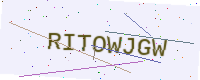
Text: RITOWJGW